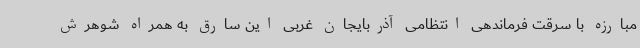
مبارزه با سرقت فرماندهی انتظامی آذربایجان غربی این سارق به همراه شوهرش